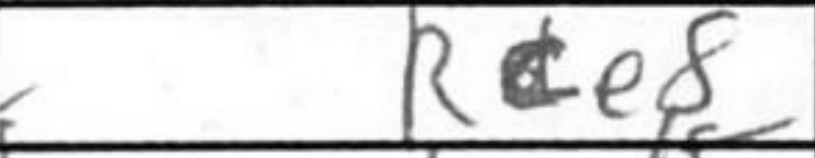
Transcription: Rce8